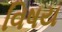
વિષય